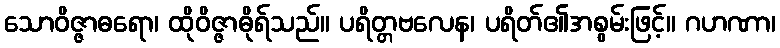
သောဝိဇ္ဇာဓရော၊ ထိုဝိဇ္ဇာဓိုရ်သည်။ ပရိတ္တဗလေန၊ ပရိတ်၏အစွမ်းဖြင့်။ ဂဟဏာ၊